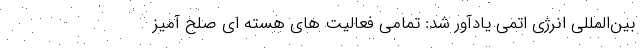
بین‌المللی انرژی اتمی یادآور شد: تمامی فعالیت های هسته ای صلح آمیز